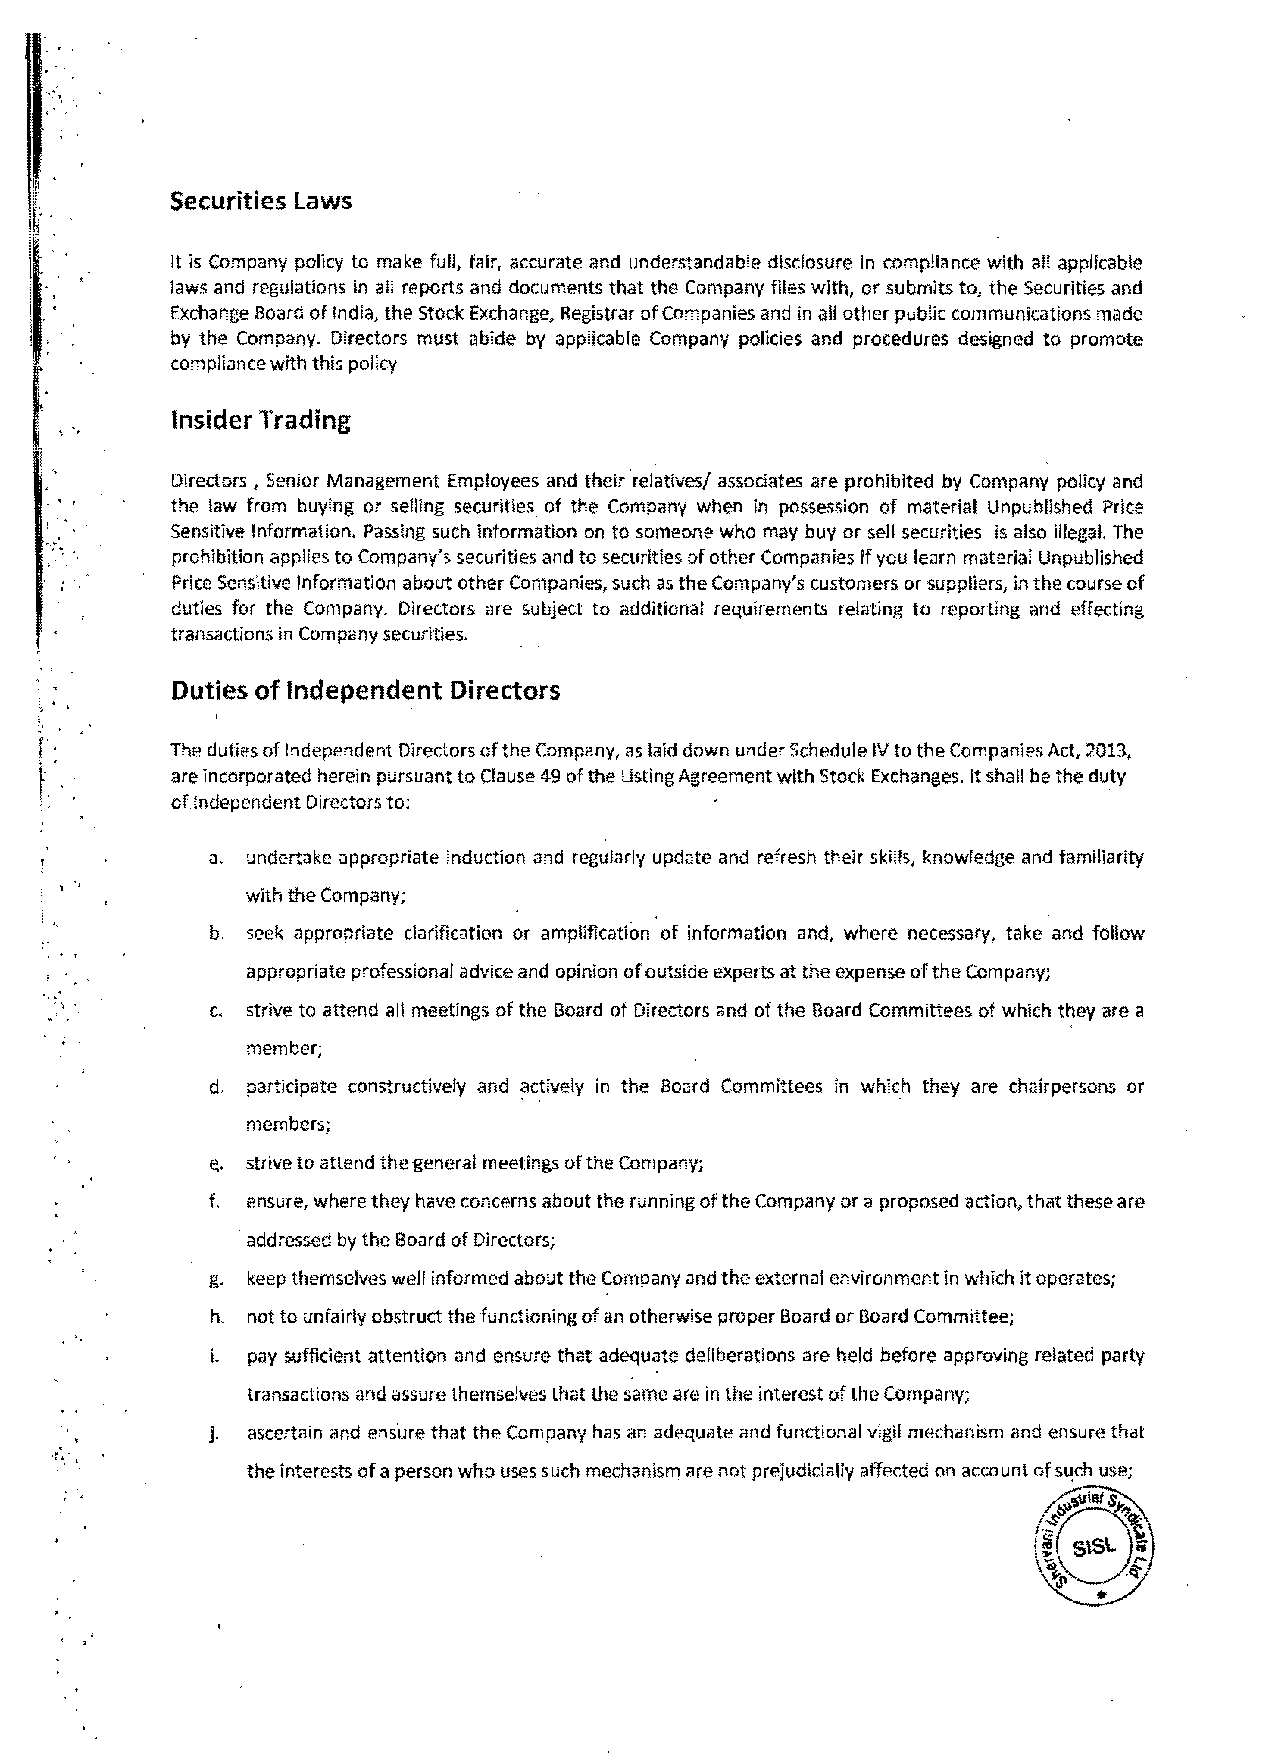
..
 ", '
 Securities laws
 It is Company policy to make fuli, fair, accurate and understandable disclosure in compliance with all applicable
 laws and regulations in all reports and documents that the Company files with, or submits to, the Securities and
 Exchange Board of India, the Stock Exchange, Registrar of Companies and in all other public communications made
 by the Company. Directors must abide by applicable Company policies and procedures designed to promote
 compliance with this policy
 Insider Trading
 Directors, Senior Management Employees and their ·relatives! assodates are prohibited by Company policy and
 the law from buying or selling securities of the Company when in possession of material Unpublished Price
 Sensitive Information. Passing such information on to someone who may buy or sell securities is also illegal. The
 ", .    prohibition applies to Company's securities and to securities of other Companies if you learn material Unpublished
 Price Sensitive Information about other Companies, such as the Company's customers or suppliers, in the course of
 duties for the Company. Directors are subject to additional requirements relating to reporting and effecting
 transactions in Company securities.
 Duties of Independent Directors
 The duties of Independent Directors of the Company, as laid down under Schedule IV to the Companies Act, 2013,
 are incorporated herein pursuant to Clause 49 of the Listing Agreement with Stock Exchanges. It shall be the duty
 of Independent Directors to:
 a. undertake appropriate induction and regularly update and refresh their skills, knowledge and familiarity
 with the Company;
 b. seek appropriate clarification or amplification of information and, where necessary, take and follow
 appropriate professional advice and opinion of outside experts at the expense of the Company;
 ..
 ' '
 c. strive to attend all meetings of the Board of Directors and of the Board Committees of which they are a
 member;
 d. participate constructively and actively in the Board Committees in which they are chairpersons or
 members;
 ~. strive to attend the general meetings of the Company;
 f. ensure, where they have concerns about the running of the Company or a proposed action, that these are
 addressed by the Board of Directors;
 g. keep themselves well informed about the Company and the external environment in which it operates;
 h. not to unfairly obstruct the functioning of an otherwise proper Board or Board Committee;
 i. pay sufficient attention and ensure that adequate deliberations are held before approving related party
 transactions and assure themselves that the same are in the interest of the Company;
 j. ascertain and ensure that the Company has an adequate and functional vigil mechanism and ensure that
 ", '